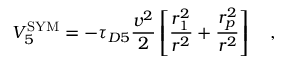
V _ { 5 } ^ { \mathrm { \footnotesize { S Y M } } } = - \tau _ { D 5 } { \frac { v ^ { 2 } } { 2 } } \left[ { \frac { r _ { 1 } ^ { 2 } } { r ^ { 2 } } } + { \frac { r _ { p } ^ { 2 } } { r ^ { 2 } } } \right] \quad ,